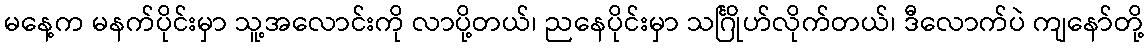
မနေ့က မနက်ပိုင်းမှာ သူ့အလောင်းကို လာပို့တယ်၊ ညနေပိုင်းမှာ သင်္ဂြိုဟ်လိုက်တယ်၊ ဒီလောက်ပဲ ကျနော်တို့